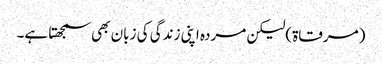
(مرقاۃ)لیکن مردہ اپنی زندگی کی زبان بھی سمجھتا ہے۔